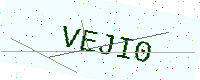
Text: VEJI0